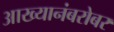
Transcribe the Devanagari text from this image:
आख्यानंबरोबर